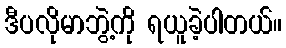
ဒီပလိုမာဘွဲ့ကို ရယူခဲ့ပါတယ်။